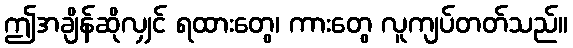
ဤအချိန်ဆိုလျှင် ရထားတွေ၊ ကားတွေ လူကျပ်တတ်သည်။